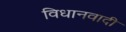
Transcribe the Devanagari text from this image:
विधानवादी